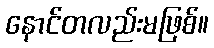
နောင်တလည်းမဖြစ်။